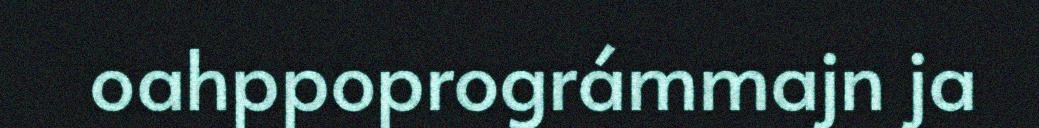
oahppoprográmmajn ja